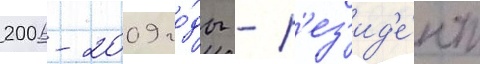
2006-2009 го́ды - р'ез'ид'е́нт